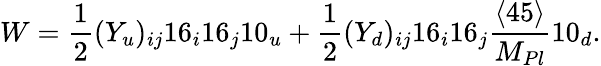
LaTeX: W=\frac{1}{2}(Y_{u})_{ij}16_{i}16_{j}10_{u}+\frac{1}{2}(Y_{d})_{ij}16_{i}16_{j}\frac{\langle 45\rangle}{M_{Pl}}10_{d}.